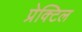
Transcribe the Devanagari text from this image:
प्रेक्टिल